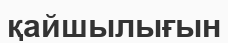
қайшылығын